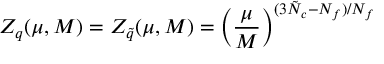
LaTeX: Z _ { q } ( \mu , M ) = Z _ { \tilde { q } } ( \mu , M ) = \left( \frac { \mu } { M } \right) ^ { ( 3 \tilde { N } _ { c } - N _ { f } ) / N _ { f } }